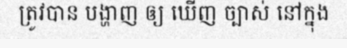
ត្រូវបាន បង្ហាញ ឲ្យ ឃើញ ច្បាស់ នៅក្នុង